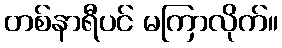
တစ်နာရီပင် မကြာလိုက်။